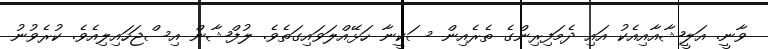
ވާނީ. އަލީޝާއާއިއެކު އައި ދެމަފިރިންގެ ތެރެއިން ސަކީނާ ހަޅޭއްލަވައިގަތެވެ. ލުފްޝާން އިސްޖަހައިލިއެވެ. ކުރެވުނު